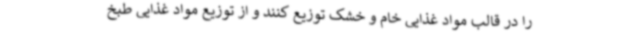
را در قالب مواد غذایی خام و خشک توزیع کنند و از توزیع مواد غذایی طبخ